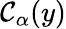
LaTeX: \mathcal{C}_{\alpha}(y)